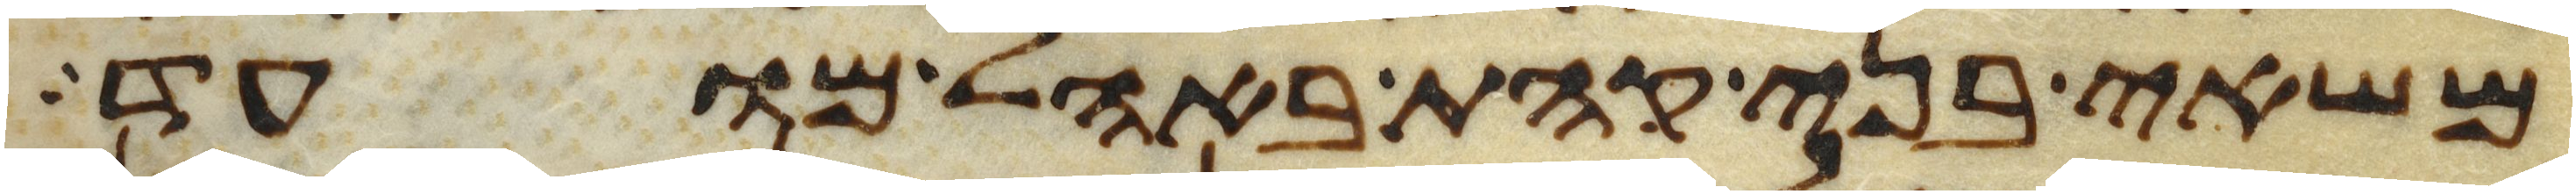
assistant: משאי בני קהת באהל מועד